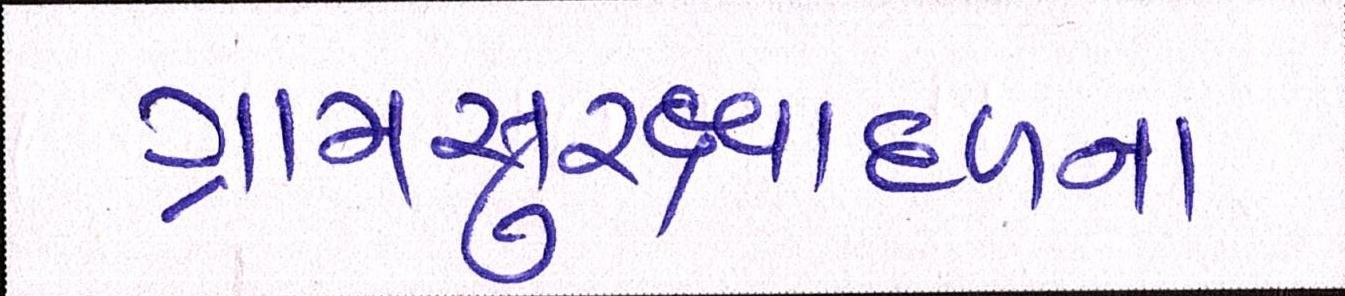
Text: ગ્રામસુરક્ષાદળના